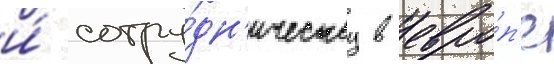
и́ сотру́дн'ичеству в евро́п'е